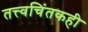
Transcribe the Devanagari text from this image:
तत्त्वचिंतकही